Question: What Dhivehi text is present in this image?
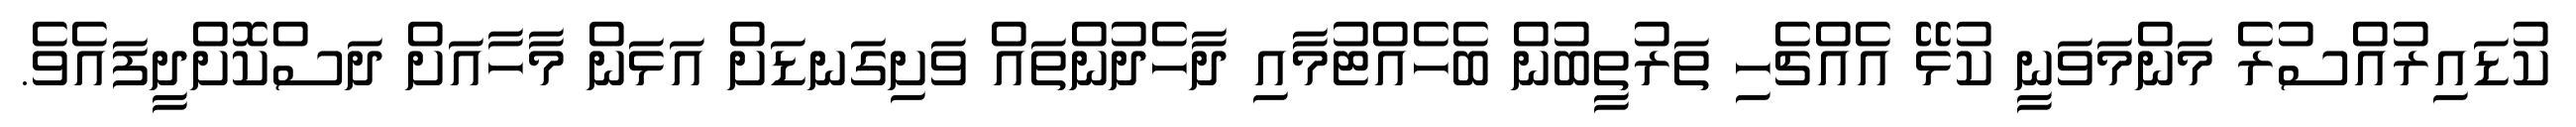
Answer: ކުޑައިރުއްސުރެ މަންމަވަނީ ކުޅޭ އެއްޗެހި ތަރުތީބުން ބެހެއްޓުމާއި ދާހެދުންތައް ވަށިގަނޑަށް އަޅަން މާހާއަށް ދަސްކޮށްދީފައެވެ.